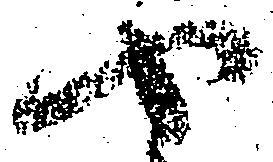
や